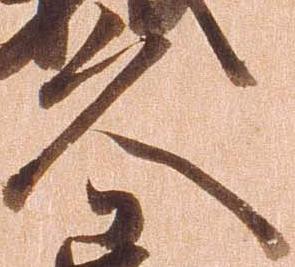
久